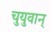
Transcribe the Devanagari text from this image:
चुयुवान्